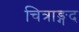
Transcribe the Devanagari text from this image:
चित्राङ्गद